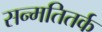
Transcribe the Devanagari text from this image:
सन्मतितर्क